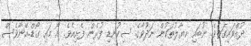
ދުއްވައިގަތެވެ. ނުބައި ހިޔާލުތަކުން ނަދުވާގެ ސިކުނޑި ފުރެން ފެށިއެވެ. އޯ މައި ގޯޑް..އޭނާވެސް